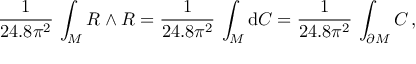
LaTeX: \frac { 1 } { 2 4 . 8 \pi ^ { 2 } } \, \int _ { \cal M } R \wedge R = \frac { 1 } { 2 4 . 8 \pi ^ { 2 } } \, \int _ { { \cal M } } \mathrm { d } C = \frac { 1 } { 2 4 . 8 \pi ^ { 2 } } \, \int _ { \partial { \cal M } } C \, ,